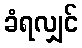
ခံရလျှင်